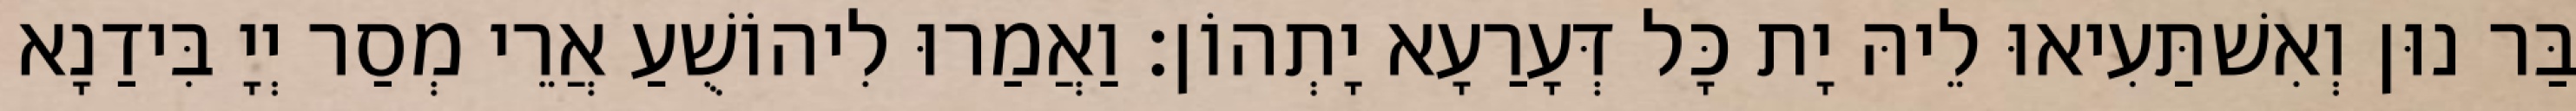
בַּר נוּן וְאִשׁתַּעִיאוּ לֵיהּ יָת כָּל דְּעָרַעָא יָתְהוֹן׃ וַאֲמַרוּ לִיהוֹשֻׁעַ אֲרֵי מְסַר יְיָ בִּידַנָא